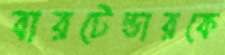
বারটেন্ডারকে